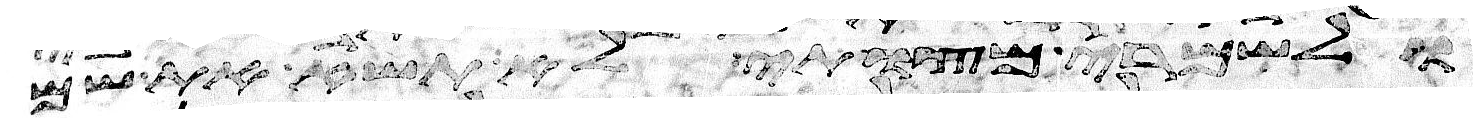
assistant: ולשמרי מצותי לא תשא את שם